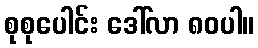
စုစုပေါင်း ဒေါ်လာ ၈၀ပါ။